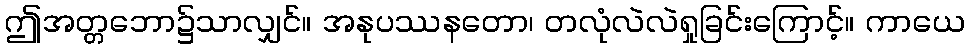
ဤအတ္တဘော၌သာလျှင်။ အနုပဿနတော၊ တလုံလဲလဲရှုခြင်းကြောင့်။ ကာယေ